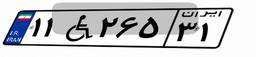
۱۱W۲۶۵۳۱